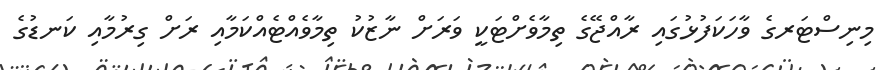
މިނިސްޓަރގެ ވާހަކަފުޅުގައި ރާއްޖޭގެ ތިމާވެށްޓަކީ ވަރަށް ނާޒުކު ތިމާވެއްޓެއްކަމާއި ރަށް ގިރުމާއި ކަނޑުގެ